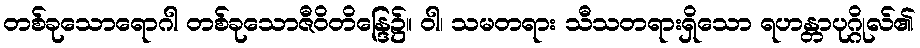
တစ်ခုသောရောဂါ တစ်ခုသောဇီဝိတိန္ဒြေ၌။ ဝါ၊ သမတရား သီသတရားရှိသော ရဟန္တာပုဂ္ဂိုလ်၏